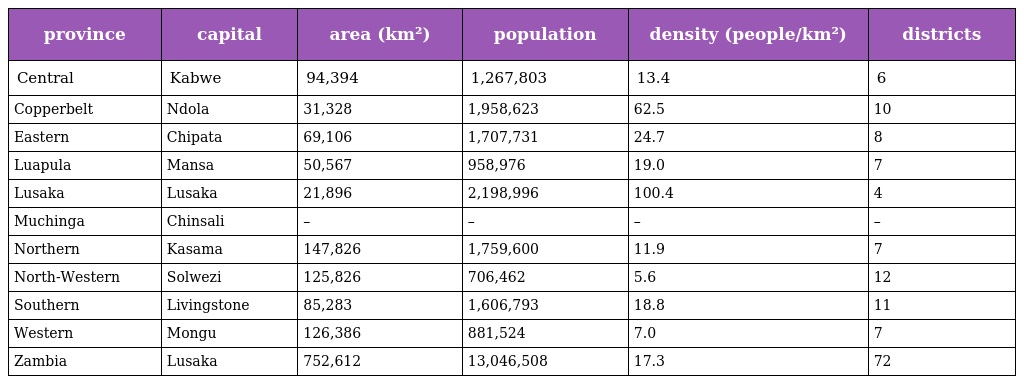
| province | capital | area (km²) | population | density (people/km²) | districts |
 | --- | --- | --- | --- | --- | --- |
 | Central | Kabwe | 94,394 | 1,267,803 | 13.4 | 6 |
 | Copperbelt | Ndola | 31,328 | 1,958,623 | 62.5 | 10 |
 | Eastern | Chipata | 69,106 | 1,707,731 | 24.7 | 8 |
 | Luapula | Mansa | 50,567 | 958,976 | 19.0 | 7 |
 | Lusaka | Lusaka | 21,896 | 2,198,996 | 100.4 | 4 |
 | Muchinga | Chinsali | – | – | – | – |
 | Northern | Kasama | 147,826 | 1,759,600 | 11.9 | 7 |
 | North-Western | Solwezi | 125,826 | 706,462 | 5.6 | 12 |
 | Southern | Livingstone | 85,283 | 1,606,793 | 18.8 | 11 |
 | Western | Mongu | 126,386 | 881,524 | 7.0 | 7 |
 | Zambia | Lusaka | 752,612 | 13,046,508 | 17.3 | 72 |